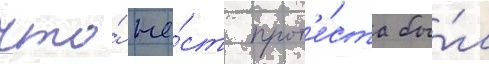
что́ же́ст прот'е́ста бы́л